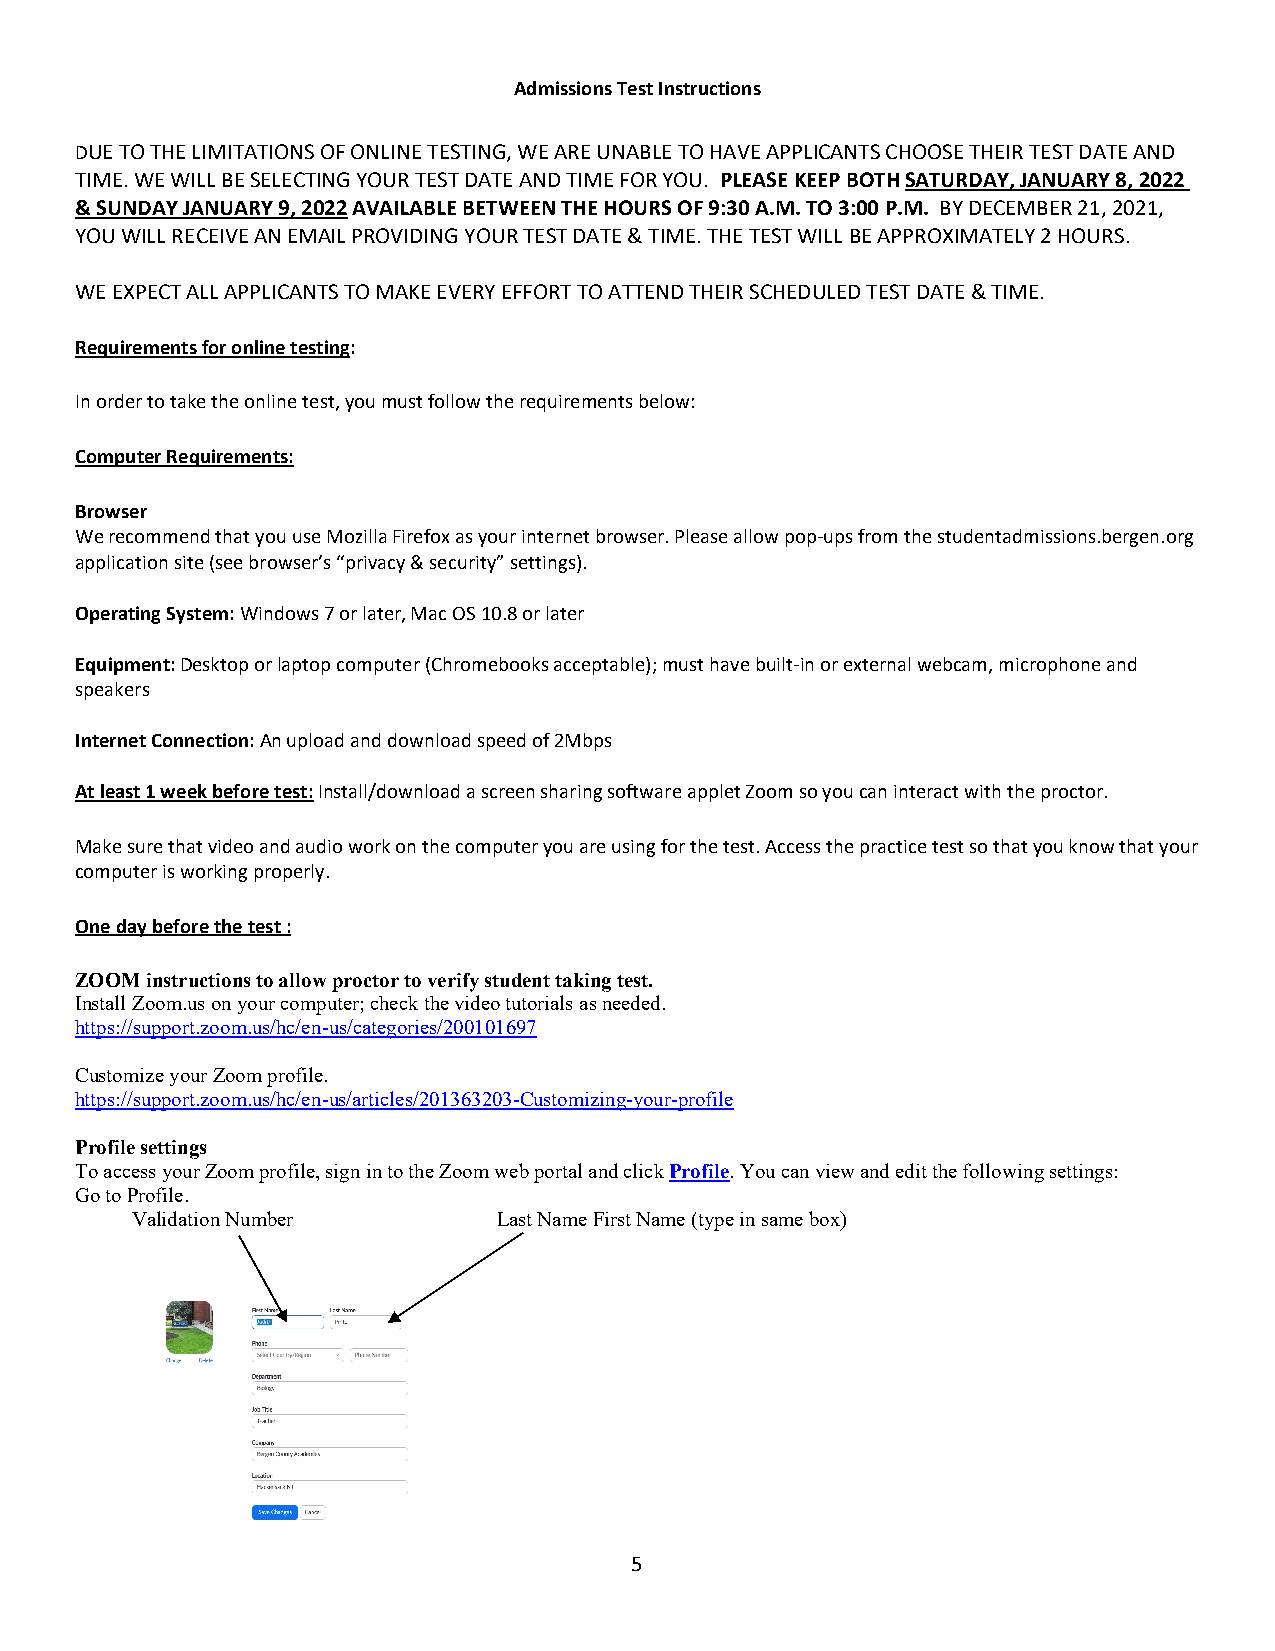
Admissions Test Instructions
 DUE TO THE LIMITATIONS OF ONLINE TESTING, WE ARE UNABLE TO HAVE APPLICANTS CHOOSE THEIR TEST DATE AND
 TIME. WE WILL BE SELECTING YOUR TEST DATE AND TIME FOR YOU. PLEASE KEEP BOTH SATURDAY, JANUARY 8, 2022
 & SUNDAY JANUARY 9, 2022 AVAILABLE BETWEEN THE HOURS OF 9:30 A.M. TO 3:00 P.M. BY DECEMBER 21, 2021,
 YOU WILL RECEIVE AN EMAIL PROVIDING YOUR TEST DATE & TIME. THE TEST WILL BE APPROXIMATELY 2 HOURS.
 WE EXPECT ALL APPLICANTS TO MAKE EVERY EFFORT TO ATTEND THEIR SCHEDULED TEST DATE & TIME.
 Requirements for online testing:
 In order to take the online test, you must follow the requirements below:
 Computer Requirements:
 Browser
 We recommend that you use Mozilla Firefox as your internet browser. Please allow pop-ups from the studentadmissions.bergen.org
 application site (see browser’s “privacy & security” settings).
 Operating System: Windows 7 or later, Mac OS 10.8 or later
 Equipment: Desktop or laptop computer (Chromebooks acceptable); must have built-in or external webcam, microphone and
 speakers
 Internet Connection: An upload and download speed of 2Mbps
 At least 1 week before test: Install/download a screen sharing software applet Zoom so you can interact with the proctor.
 Make sure that video and audio work on the computer you are using for the test. Access the practice test so that you know that your
 computer is working properly.
 One day before the test :
 ZOOM instructions to allow proctor to verify student taking test.
 Install Zoom.us on your computer; check the video tutorials as needed.
 https://support.zoom.us/hc/en-us/categories/200101697
 Customize your Zoom profile.
 https://support.zoom.us/hc/en-us/articles/201363203-Customizing-your-profile
 Profile settings
 To access your Zoom profile, sign in to the Zoom web portal and click Profile. You can view and edit the following settings:
 Go to Profile.
 Validation Number       Last Name First Name (type in same box)
 5